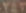
YET